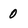
Character: 0